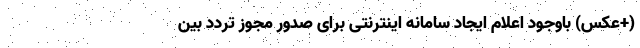
(+عکس) باوجود اعلام ایجاد سامانه اینترنتی برای صدور مجوز تردد بین